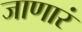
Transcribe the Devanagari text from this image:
जाणारं